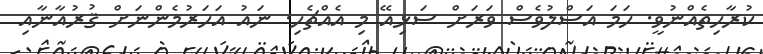
ކުރާހިތެއްނުވީ. ހަމަ އަސްލުވެސް ވަރަށް ސަޅިއޭ މި އެއްޗެހި. ނައު އަހަރުމެންނަށް ޤުރުއާނާއި